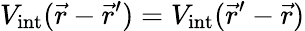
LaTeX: {V_{\mathrm{int}}(\vec{r}-\vec{r}^{\prime})=V_{\mathrm{int}}(\vec{r}^{\prime}-\vec{r})}